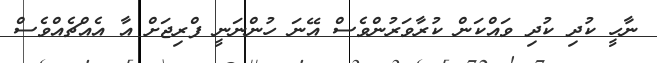
ނާހީ ކުދި ކުދި ވައްކަން ކުރާވަރުންވެސް އޭނަ ހުންނަނީ ފްރިޖަށް އާ އެއްޗެއްވެސް